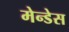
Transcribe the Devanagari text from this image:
मेन्डेस